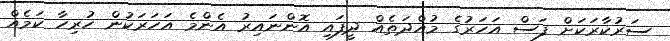
ސަރުކާރަކަށް ފަސް އަހަރުގެ މުއްދަތެއް ދީފައި އޮންނައިރު އެންމެ އަހަރަކުން ހުރިހާ ކަމެއް